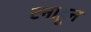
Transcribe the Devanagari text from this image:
टनाहून